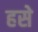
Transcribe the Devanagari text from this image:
हसे